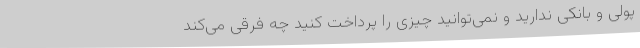
پولی و بانکی ندارید و نمی‌توانید چیزی را پرداخت کنید چه فرقی می‌کند